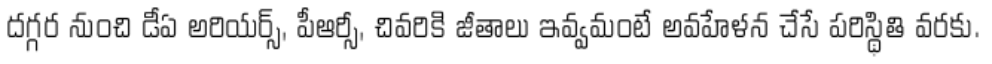
దగ్గర నుంచి డీఏ అరియర్స్, పీఆర్సీ, చివరికి జీతాలు ఇవ్వమంటే అవహేళన చేసే పరిస్థితి వరకు.